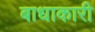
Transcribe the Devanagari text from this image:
बाधाकारी